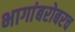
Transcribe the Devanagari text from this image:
भागांबरोबरच